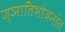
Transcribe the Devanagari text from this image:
ज्ञातिभोजनांत